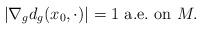
LaTeX: \begin{align*}|\nabla_g d_g(x_0,\cdot)|=1\ {\rm a.e. \ on}\ M.\end{align*}